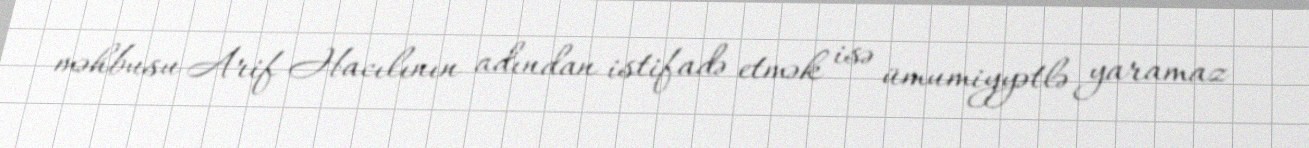
məhbusu Arif Hacılının adından istifadə etmək isə ümumiyyətlə yaramaz